Mediterranean fever in India - Number 22
Disease focus: Fever
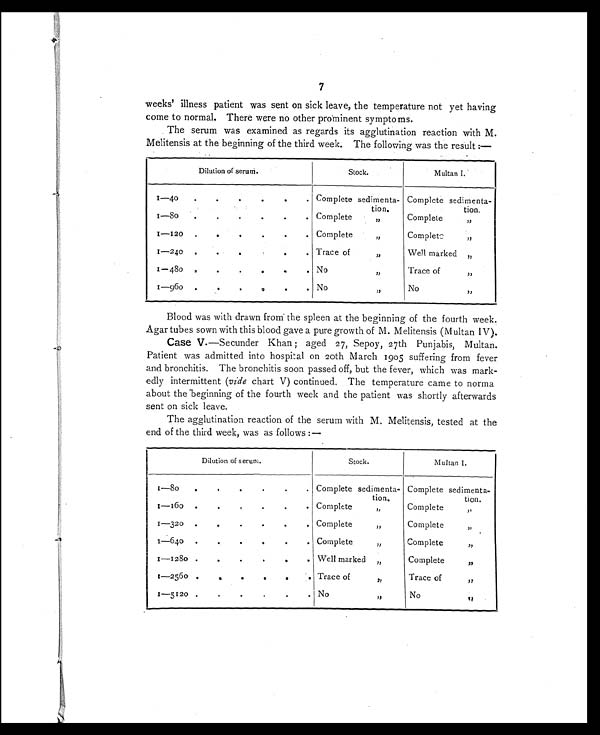
7
weeks' illness patient was sent on sick leave, the temperature not yet having
come to normal. There were no other prominent symptoms.
The serum was examined as regards its agglutination reaction with M.
Melitensis at the beginning of the third week. The following was the result:-
Dilution of serum.
Stock.
Multan I.
1 — 4 0 .
.
. Complete sedimenta-
tion.
Complete sedimenta-
tion,
1—80.
.
. Complete ,,
Complete ,,
1—120 .
.
,
•
. Complete ,,
Complet ,,
1—240 .
.
..
•
. Trace of ,,
Well marked ,,
1—480
.
.
No ,,
Trace of ,,
1—960
.it
.
. No ,,
No ,,
Blood was with drawn from the spleen at the beginning of the fourth week.
Agar tubes sown with this blood gave a pure growth of M. Melitensis (Multan IV).
Case V.—Secunder Khan; aged 27, Sepoy, 27th Punjabis, Multan.
Patient was admitted into hospital on 20th March 1905 suffering from fever
and bronchitis. The bronchitis soon passed off, but the fever, which was mark
- e d l y i n t e r m i t t e n t
( v i d e
c h a r t V ) c o n t i n u e d . T h e t e m p e r a t u r e c a m e t o n o r m a
about the beginning of the fourth week and the patient was shortly afterwards
sent on sick leave.
The agglutination reaction of the serum with M. Melitensis, tested at the
end of the third week, was as follows:—
Dilution of serum.
Stock.
Multan I.
•
1—80.
.
. Complete sedimenta-
tion.
Complete sedimenta
-tion.
1—160
.
. Complete ,,
Complete ,,
1 — 3 2 0
. . . .
Complete ,,
Complete ,,
1 — 6 4 0
. .
. Complete ,,
Complete ,,
1—
1 2 8 0
.
.
•
.
Well marked ,,
Complete ,,
1
—
2 5 6 0
.
.
•
•
e
•
Trace of ,,
Trace of ,,
1— 5120.
. No ,,
No
, ,